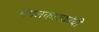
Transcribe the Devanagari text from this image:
मंगलकारकांची